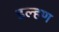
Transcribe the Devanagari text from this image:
डल्हण